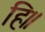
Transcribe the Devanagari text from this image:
हि॥